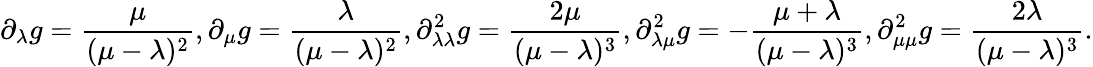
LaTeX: \partial_{\lambda}g=\frac{\mu}{(\mu-\lambda)^{2}},\partial_{\mu}g=\frac{\lambda}{(\mu-\lambda)^{2}},\partial_{\lambda\lambda}^{2}g=\frac{2\mu}{(\mu-\lambda)^{3}},\partial_{\lambda\mu}^{2}g=-\frac{\mu+\lambda}{(\mu-\lambda)^{3}},\partial_{\mu\mu}^{2}g=\frac{2\lambda}{(\mu-\lambda)^{3}}.